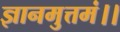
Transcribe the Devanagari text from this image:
ज्ञानमुत्तमं।।